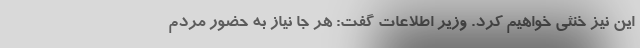
این نیز خنثی خواهیم کرد. وزیر اطلاعات گفت: هر جا نیاز به حضور مردم